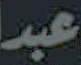
عبد